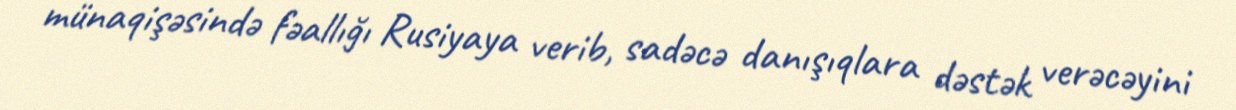
münaqişəsində fəallığı Rusiyaya verib, sadəcə danışıqlara dəstək verəcəyini